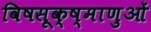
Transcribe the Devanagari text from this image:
विषसूक्ष्माणुओं